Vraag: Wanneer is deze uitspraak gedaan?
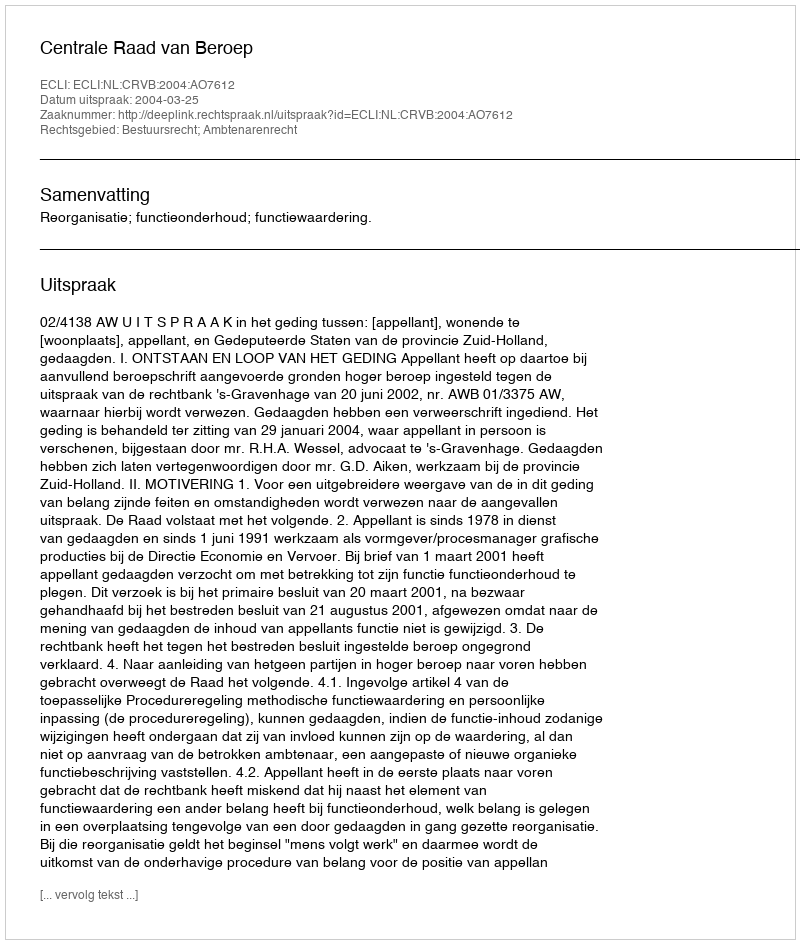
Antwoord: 2004-03-25